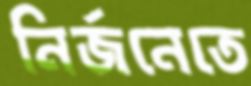
নির্জনেতে